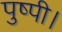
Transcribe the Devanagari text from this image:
पुष्पी।